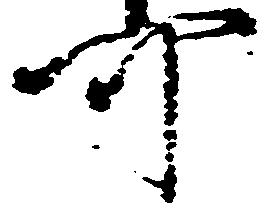
可